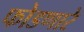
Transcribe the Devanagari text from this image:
फोडणारे